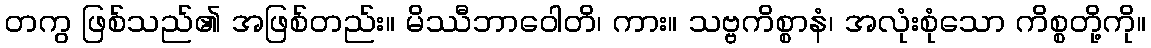
တကွ ဖြစ်သည်၏ အဖြစ်တည်း။ မိဿီဘာဝေါတိ၊ ကား။ သဗ္ဗကိစ္စာနံ၊ အလုံးစုံသော ကိစ္စတို့ကို။